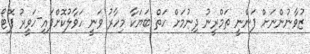
ޒުވާނުންނަށް ފަންނީ ތަމްރީނު ދިނުމަށް ހަތް ބަޔަކާ މިހާރު ވަނީ ހަވާލުކޮށްފައި-ހަވީރު ފޮޓޯ